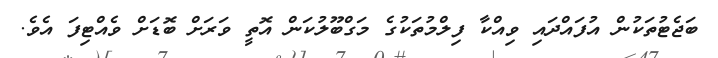
ބަޖެޓުތަކުން އުފައްދައި ވިއްކާ ފިލްމުތަކުގެ މަގްބޫލުކަން އޮތީ ވަރަށް ބޮޑަށް ވެއްޓިފަ އެވެ.